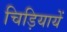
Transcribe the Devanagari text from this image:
चिड़ियायें